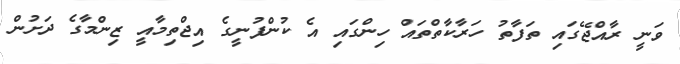
ވަނީ ރާއްޖޭގައި ތަފާތު ހަރާކާތްތައް ހިންގައި އެ ކުންފުނީގެ އިޖްތިމާއީ ޒިންމާގެ ދަށުން